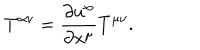
T ^ { \alpha \nu } = \frac { \partial u ^ { \alpha } } { \partial x ^ { \mu } } T ^ { \mu \nu } .